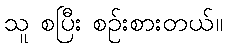
သူ စပြီး စဉ်းစားတယ်။